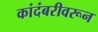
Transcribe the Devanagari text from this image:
कांदंबरीवरून